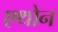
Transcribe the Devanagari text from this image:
एथोन